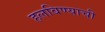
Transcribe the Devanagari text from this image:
हलविण्याची